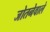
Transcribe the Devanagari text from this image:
जोतनेवाले